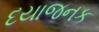
દયાજનક